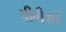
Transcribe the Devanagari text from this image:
पीबीवाई